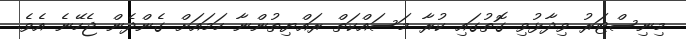
މިނިސްޓަރު ވިދާޅުވި ގޮތުގައި ކުރާ މަސައްކަތް ރައްޔިތުންނާ ހަމައަށް ގެންދެން ޖެހޭނެ އެވެ.